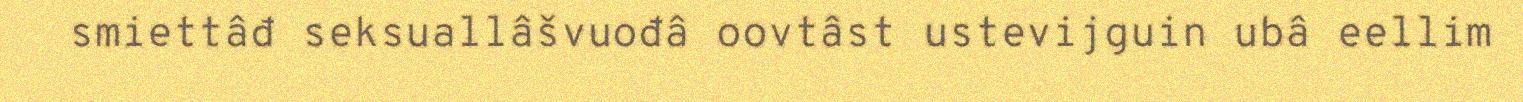
smiettâđ seksuallâšvuođâ oovtâst ustevijguin ubâ eellim